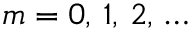
m = 0 , \, 1 , \, 2 , \, \dots